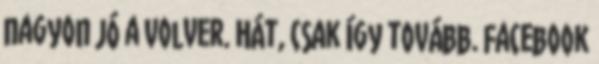
nagyon jó a Volver. Hát, csak így tovább. Facebook